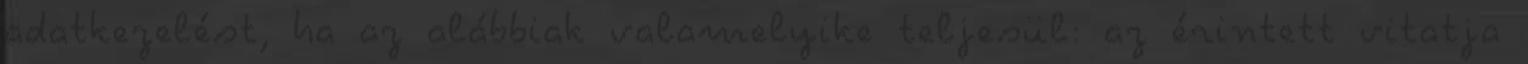
adatkezelést, ha az alábbiak valamelyike teljesül: az érintett vitatja